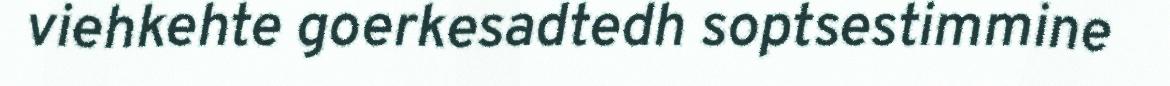
viehkehte goerkesadtedh soptsestimmine